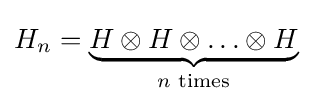
H_{n}=\underbrace {H\otimes H\otimes \ldots \otimes H} _{n{\text{ times}}}